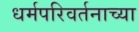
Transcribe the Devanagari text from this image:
धर्मपरिवर्तनाच्या